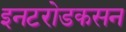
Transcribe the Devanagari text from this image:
इनटरोडकसन